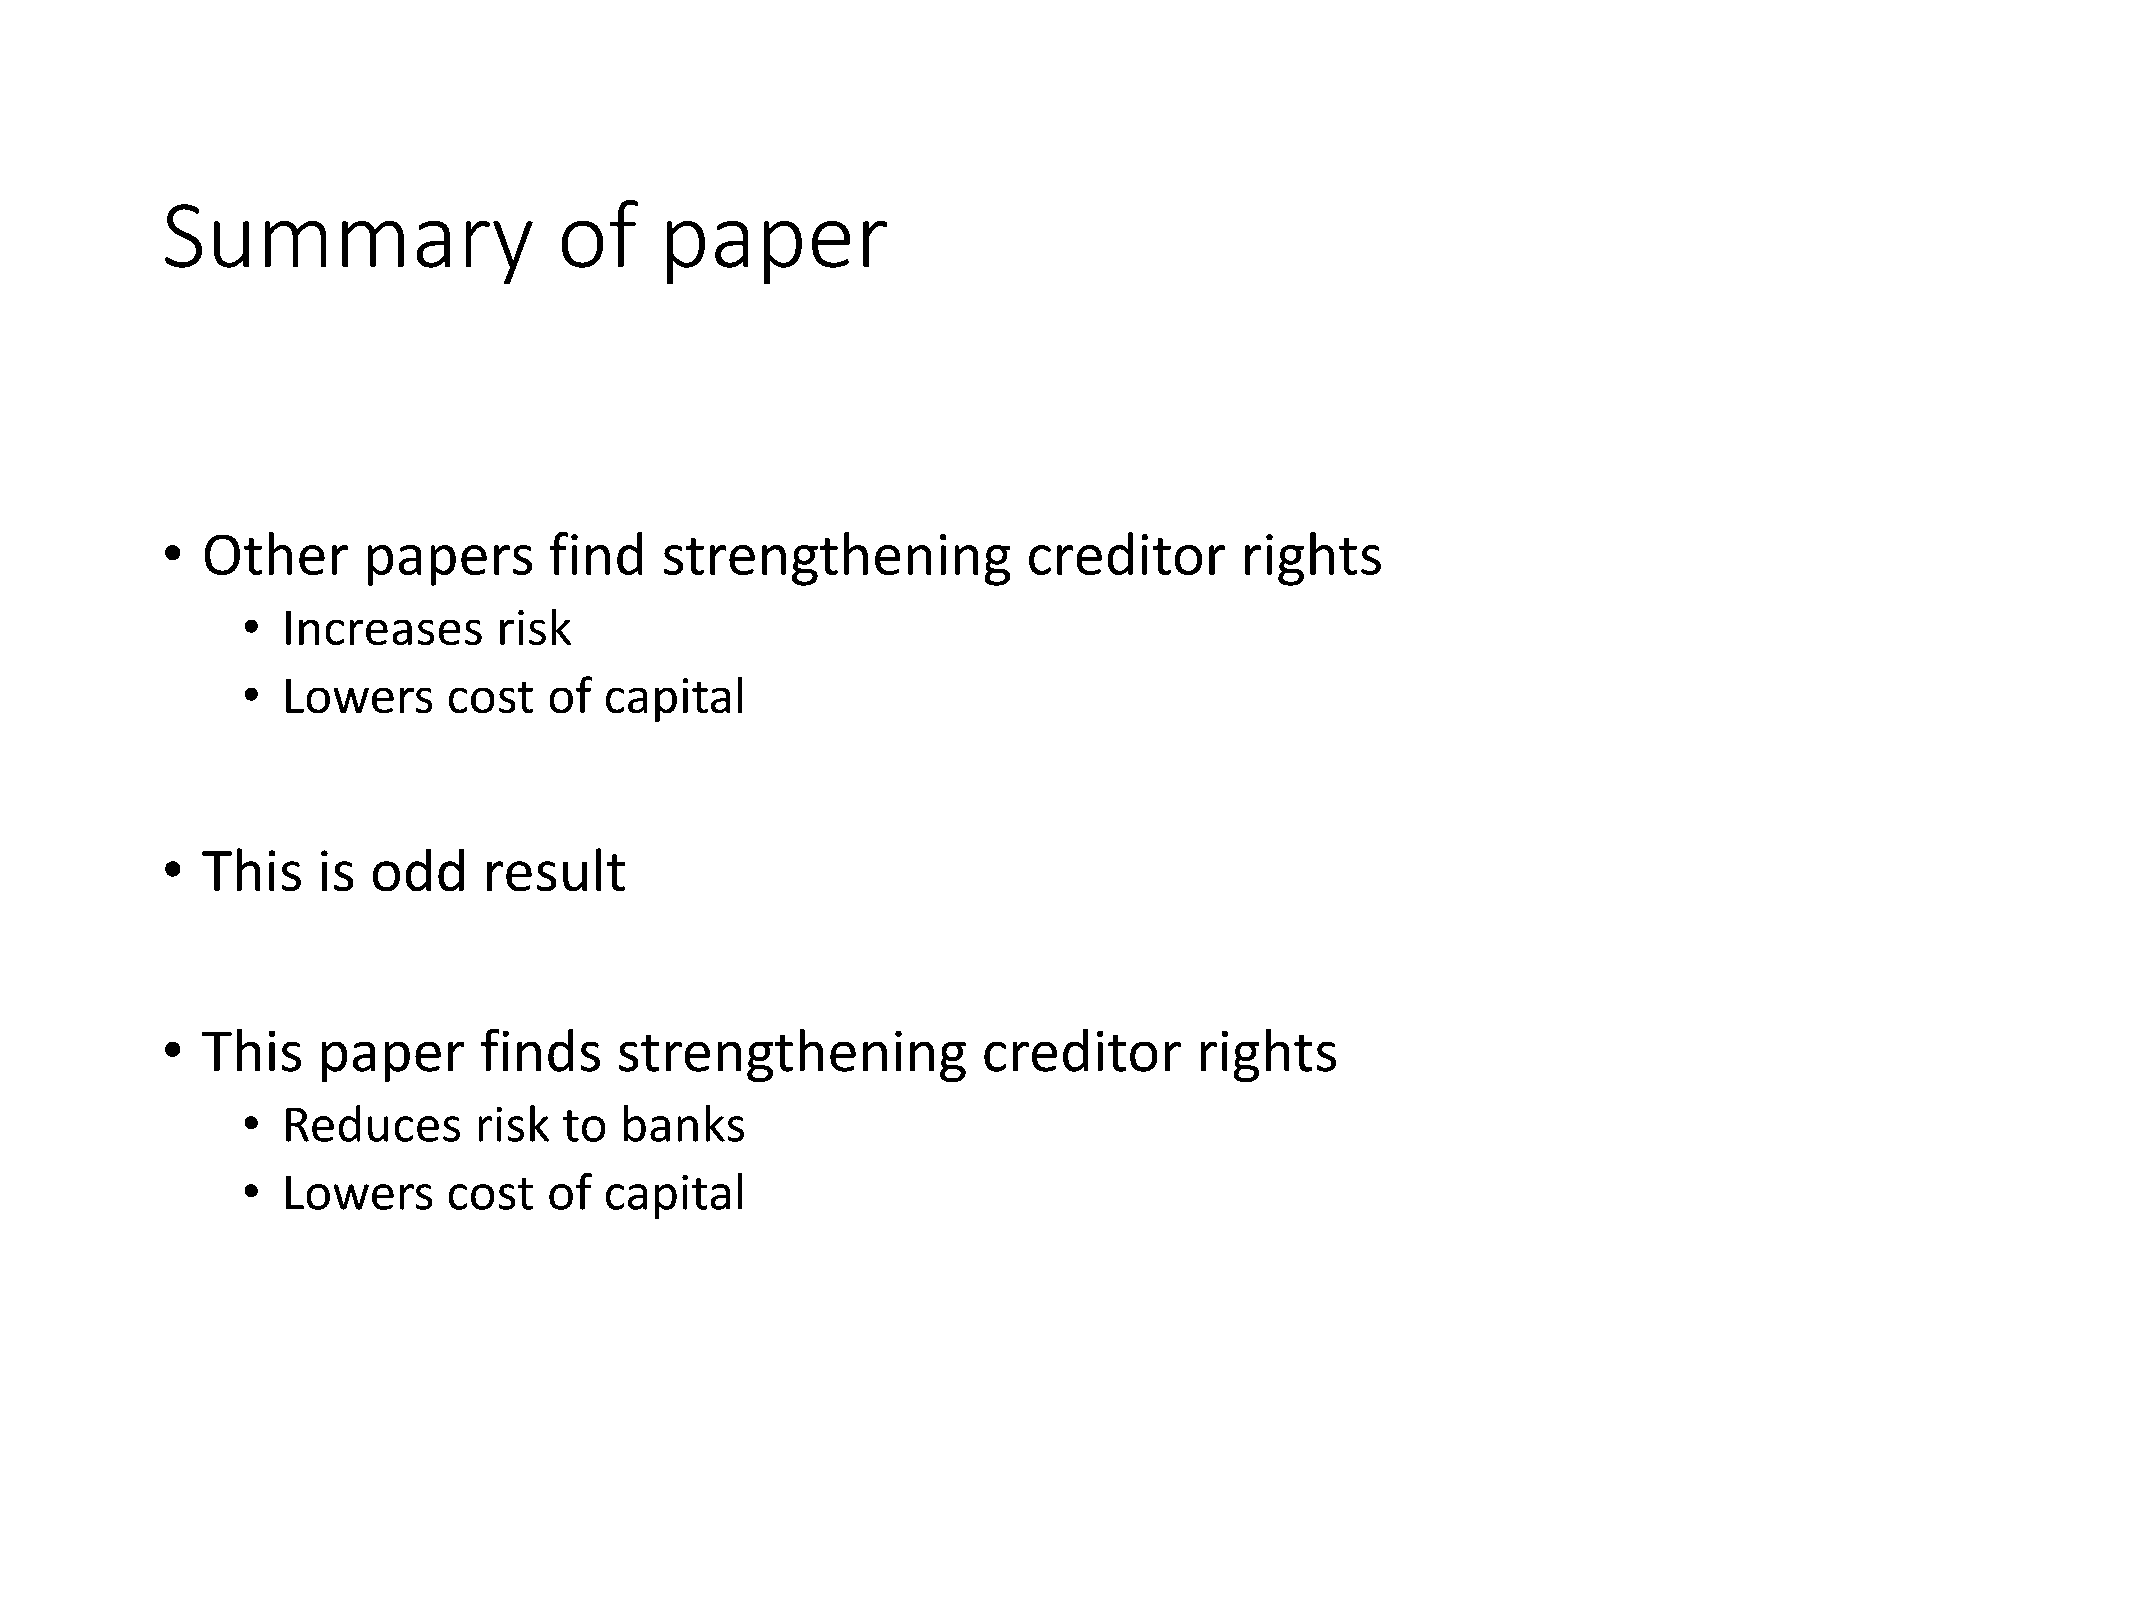
Summary                   of     paper
 • Other      papers      find    strengthening           creditor      rights
 •  Increases     risk
 •  Lowers     cost  of  capital
 • This    is odd     result
 • This    paper      finds    strengthening           creditor      rights
 •  Reduces     risk  to  banks
 •  Lowers     cost  of  capital